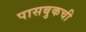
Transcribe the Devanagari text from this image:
पासबुकची